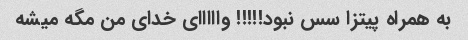
به همراه پیتزا سس نبود!!!!! وااااای خدای من مگه میشه